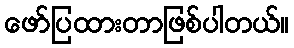
ဖော်ပြထားတာဖြစ်ပါတယ်။